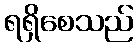
ရရှိစေသည်